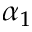
\alpha _ { 1 }